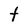
Character: t